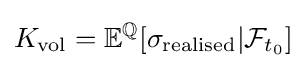
K_{\text{vol}}=\mathbb {E} ^{\mathbb {Q} }[\sigma _{\text{realised}}|{\mathcal {F}}_{t_{0}}]